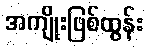
အကျိုးဖြစ်ထွန်း